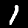
Digit: 1